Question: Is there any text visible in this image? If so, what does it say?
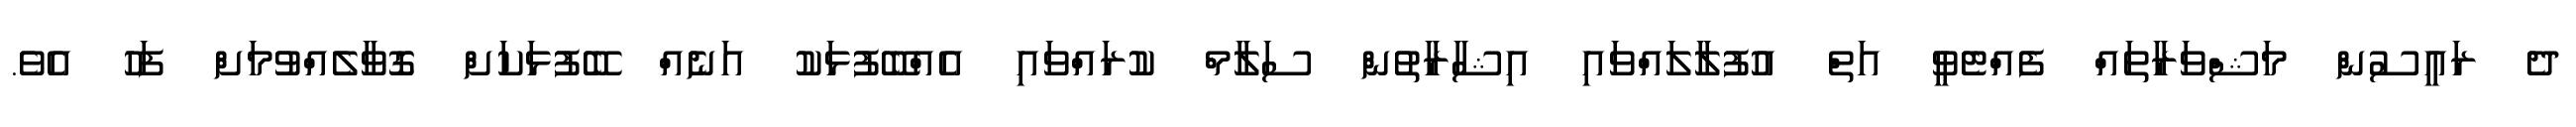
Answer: ދެ ރައީސުން މަޝްވަރާތައް ފެއްޓެވީ އަތް އުފުލާލައްވައި އިޝާރާތުން ސަލާމް ކުރައްވައި އެއްބޭފުޅަކު އަނެއް ބޭފުޅަކަށް ގޮވާލެއްވުމަށް ފަހު އެވެ.